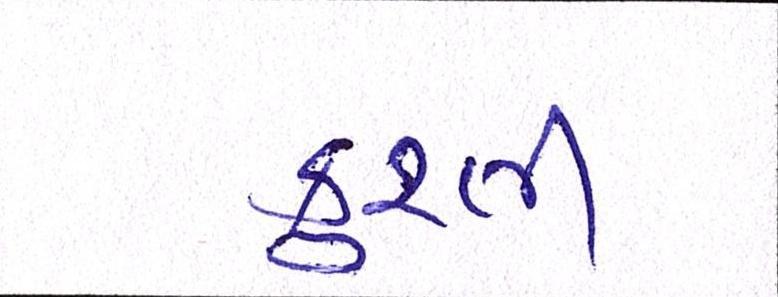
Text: કુશ્તી